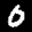
Label: 0